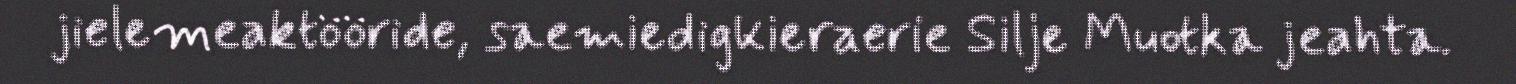
jielemeaktööride, saemiedigkieraerie Silje Muotka jeahta.